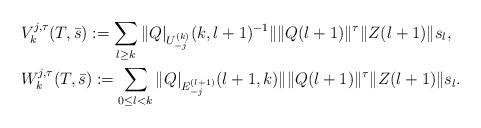
LaTeX: \begin{align*}&V^{j,\tau}_{k}(T,\bar{s}):=\sum_{l \geq k} \|Q|_{U^{(k)}_{-j}}(k,l+1)^{-1}\|\|Q(l+1)\|^\tau\|Z(l+1)\|s_{l},\\&W^{j,\tau}_{k}(T,\bar{s}):=\sum_{0\leq l<k} \|Q|_{E^{(l+1)}_{-j}}(l+1,k)\|\|Q(l+1)\|^\tau\|Z(l+1)\|s_l.\end{align*}